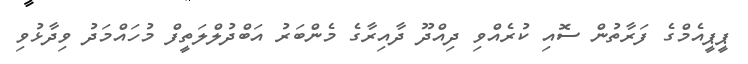
ޕީޕީއެމްގެ ފަރާތުން ސޮއި ކުރެއްވި ދިއްދޫ ދާއިރާގެ މެންބަރު އަބްދުލްލަތީފް މުހައްމަދު ވިދާޅުވި